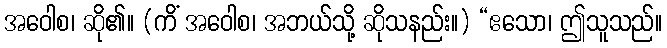
အဝေါစ၊ ဆို၏။ (ကိံ အဝေါစ၊ အဘယ်သို့ ဆိုသနည်း။) “ဧသော၊ ဤသူသည်။